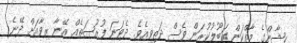
ހިޝާންގެ މާތްކަން ގަބޫލުކުރަން ވެސް ދަތިވިއެވެ. ދެވަނަ ފުރުޞަތެއް އޭނާ ރިވާއަށް ދޭނެ